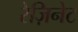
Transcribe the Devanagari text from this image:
रेज़िनेट